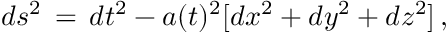
d s ^ { 2 } \, = \, d t ^ { 2 } - a ( t ) ^ { 2 } [ d x ^ { 2 } + d y ^ { 2 } + d z ^ { 2 } ] \, ,